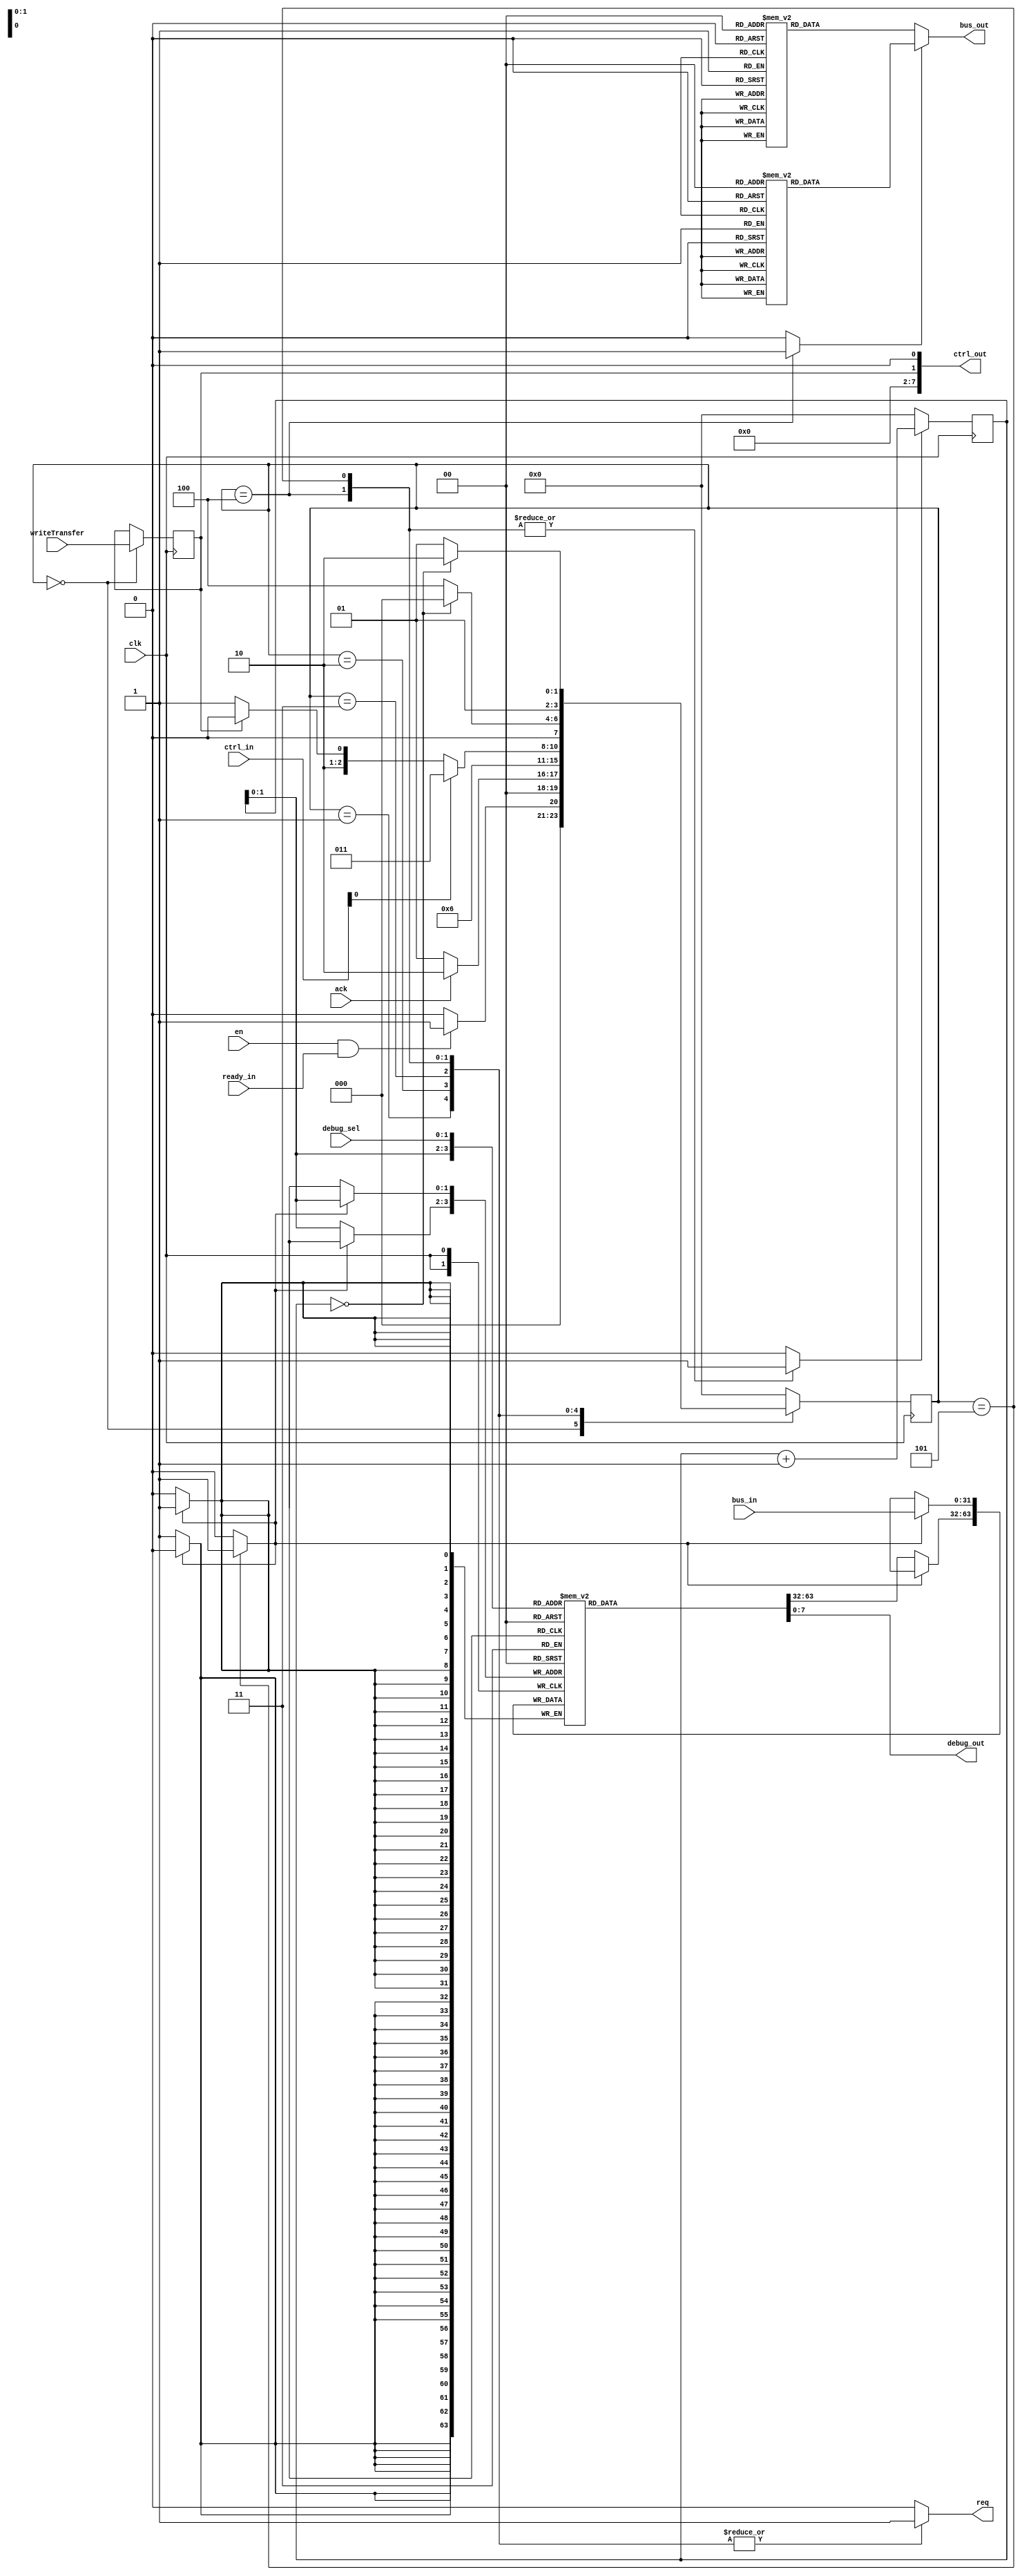
`timescale 1ns / 1ps
module tb_impl_test_master #(parameter BUS_WIDTH = 32,
                     parameter CTRL_WIDTH = 8)
                    (input [BUS_WIDTH-1:0] bus_in,
					 input writeTransfer,
                     input en,
                     input [1:0] debug_sel,
                     input ack,
                     input clk,
                     input ready_in,
                     output reg req,
                     output reg [BUS_WIDTH-1:0] bus_out,
                     input [CTRL_WIDTH-1:0] ctrl_in,
                     output[CTRL_WIDTH-1:0] ctrl_out,
                     output reg[7:0] debug_out);
                     
parameter STATE_REQ = 1;
parameter STATE_PRESENT_ADDR = 2;
parameter STATE_SLAVE_WAIT = 3;
parameter STATE_WRITE_DATA = 4;
parameter STATE_READ_DATA = 5;
parameter STATE_FINISH = 6;
parameter STATE_IDLE = 0;

parameter BURST_LENGTH_ACTUAL = 1;
parameter BURST_LENGTH_BUS = 3'b000; //burst of 1

reg [3:0] nextState;
reg [3:0] currentState;
reg [3:0] counter;

reg we;
always@(posedge clk) begin
    if (currentState == STATE_IDLE) begin
        we <= writeTransfer;
    end
    else begin
        we <= we;
    end
end
assign ctrl_out = {3'b000, //not used
                   BURST_LENGTH_BUS, 
                   we,     
                   1'b0 };    //wait 
                  
wire wait_in;
assign wait_in = ctrl_in[0];
 
initial begin
    nextState <= 0;
    currentState <= 0;
    counter <= 0;
end

always@(posedge clk) begin
    currentState <= nextState;
end

reg[31:0] data[3:0];
reg data_we;
always@(posedge clk) begin
    if (data_we) begin
        data[counter] <= bus_in;
    end
    else begin
        data[counter] <= data[counter];
    end
end

always@(debug_sel, data[0], data[1], data[2], data[3]) begin
    debug_out <= data[debug_sel];
end

//counter
reg counter_en;
always@(posedge clk) begin
    if (counter_en) begin
        counter <= counter + 1;
    end
    else begin
        counter <= 0;
    end
end

reg [31:0] addr_magazine [3:0];
reg [31:0] data_magazine [3:0];

initial begin //init addr and data magazines
    addr_magazine[0] <= 32'h01000020;
    addr_magazine[1] <= 32'h01000021;
    addr_magazine[2] <= 32'h01000022;
    addr_magazine[3] <= 32'h01000023;
    
    data_magazine[0] <= 32'h00000CEB;
    data_magazine[1] <= 32'h00000000;
    data_magazine[2] <= 32'h00000000;
    data_magazine[3] <= 32'h00000000;
end

reg[2:0] round_counter;
reg round_count_en;
initial begin
    round_counter <= 0;
	 round_count_en <= 1;
end


always@(posedge clk) begin
	 if (round_counter == 2) 
			begin
				round_count_en <= 0;
		 end
//    if (round_count_en == 1) begin
 //       round_counter <= round_counter + 1;
 //   end
   // else begin
   //     round_counter <= round_counter;
   // end

end

//bus data mux
reg bus_data_sel;
always@(*) begin
    if (bus_data_sel == 0) begin //ADDRESS
        bus_out <= addr_magazine[round_counter];   //put adddress here
    end
    else begin
        bus_out <= data_magazine[round_counter];//counter + 1; //ouput 1, 2, 3, 4, etc // put data here
    end
end

//Outputs
always@(*) begin
    case (currentState)
        STATE_IDLE: begin
            req <= 0;
            counter_en <= 0;
            data_we <= 0;
            bus_data_sel <= 0;
            //round_count_en <= 0;
        end
        STATE_REQ: begin
            req <= 1;
            counter_en <= 0;
            data_we <= 0;
            bus_data_sel <= 0;
            //round_count_en <= 0;
        end
        STATE_PRESENT_ADDR: begin
            req <= 1;
            counter_en <= 0;
            data_we <= 0;
            bus_data_sel <= 0;
            //round_count_en <= 0;
        end
        STATE_SLAVE_WAIT: begin
            req <= 1;
            counter_en <= 0;
            data_we <= 0;
            bus_data_sel <= 0;
            //round_count_en <= 0;
        end
        STATE_WRITE_DATA: begin
            req <= 1;
            counter_en <= 1;
            data_we <= 0;
            bus_data_sel <= 1;
				//if (round_count_en == 1) begin
				//	round_counter <= round_counter + 1;
				//end
            //round_count_en <= 0;
        end
        STATE_READ_DATA: begin
            req <= 1;
            counter_en <= 1;
            data_we <= 1;
            bus_data_sel <= 0;
            //round_count_en <= 0;
        end
        STATE_FINISH: begin
            req <= 0;
            counter_en <= 0;
            data_we <= 0;
            bus_data_sel <= 0;

            
				//if (round_counter == 3) 
				//	begin
				//		round_count_en <= 0;
				//	end
            
				//else 
				//begin
            //    round_count_en <= 1;
            //end
        
		  
		  end
        default: begin
            req <= 0;
            counter_en <= 0;
            data_we <= 0;
            bus_data_sel <= 0;
            round_count_en <= 1;
        end
    endcase
end

//Next State Logic
always@(*) begin
    case (currentState)
        STATE_IDLE: begin
            if (en && ready_in) begin
                nextState <= STATE_REQ;
            end
            else begin
                nextState <= STATE_IDLE;
            end
        end
        STATE_REQ: begin
            if (ack) begin
                nextState <= STATE_PRESENT_ADDR;
            end 
            else begin
                nextState <= STATE_REQ;
            end
        end
        STATE_PRESENT_ADDR: begin
            nextState <= STATE_SLAVE_WAIT;
        end
        STATE_SLAVE_WAIT: begin //Wait for slave to lower WAIT
            if (wait_in == 0) begin
                if (we) begin
                    nextState <= STATE_WRITE_DATA;
                end
                else begin
                    nextState <= STATE_READ_DATA;
                end
            end
            else begin
                nextState <= STATE_SLAVE_WAIT;
            end
        end
        STATE_WRITE_DATA: begin
            if (counter == BURST_LENGTH_ACTUAL - 1) begin
                nextState <= STATE_IDLE;
            end
            else begin
                nextState <= STATE_WRITE_DATA;
            end
        end
        STATE_READ_DATA: begin
            if (counter == BURST_LENGTH_ACTUAL - 1) begin
                nextState <= STATE_FINISH;
            end
            else begin
                nextState <= STATE_READ_DATA;
            end
        end
        STATE_FINISH: begin
            nextState <= STATE_IDLE;
        end
        default: nextState <= STATE_IDLE;
    endcase
end

endmodule